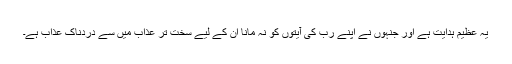
یہ عظیم ہدایت ہے اور جنہوں نے اپنے رب کی آیتوں کو نہ مانا ان کے لیے سخت تر عذاب میں سے دردناک عذاب ہے۔